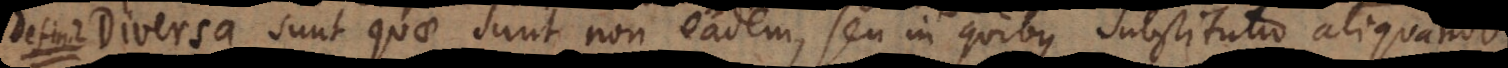
s a sunt quae sunt non eadem, seu in quibus substitutio aliquando